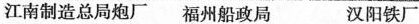
江南制造总局炮厂 福州船政局 汉阳铁厂